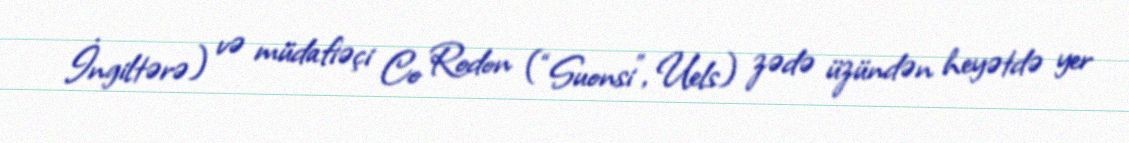
İngiltərə) və müdafiəçi Co Rodon (“Suonsi”, Uels) zədə üzündən heyətdə yer